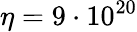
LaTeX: \eta=9\cdot 10^{20}